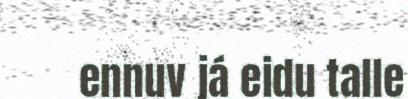
ennuv já eidu talle